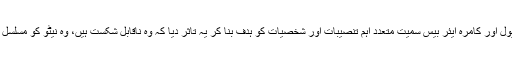
روشنی کرنے پر ہم دنگ رہ جائیں گے کہ وہ طالبان جنہوں نے جی ایچ کیو، نیول اور کامرہ ایئر بیس سمیت متعدد اہم تنصیبات اور شخصیات کو ہدف بنا کر یہ تاثر دیا کہ وہ ناقابل شکست ہیں، وہ نیٹو کو مسلسل ہدف بنا کر امریکا کو متبادل سپلائی لائن اختیار کرنے پر مجبور نہ کر سکے۔